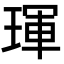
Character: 琿